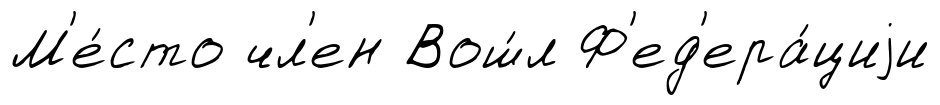
М'е́сто чл'ен Вош́л Ф'ед'ера́циjи